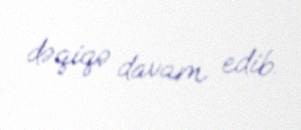
dəqiqə davam edib.